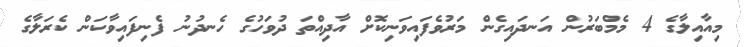
މިއާއިލާގެ 4 މެމްބަރުން އަނދައިގެން މަރުވެފައިވަނިކޮށް އާދިއްތަ ދުވަހުގެ ހެނދުނު ފެނިފައިވާކަން ކެރަލާގެ